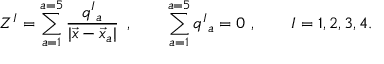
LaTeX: Z ^ { I } = \sum _ { a = 1 } ^ { a = 5 } { \frac { q ^ { I } { } _ { a } } { | \vec { x } - \vec { x } _ { a } | } } \, \ , \qquad \sum _ { a = 1 } ^ { a = 5 } q ^ { I } { } _ { a } = 0 \ , \qquad I = 1 , 2 , 3 , 4 .